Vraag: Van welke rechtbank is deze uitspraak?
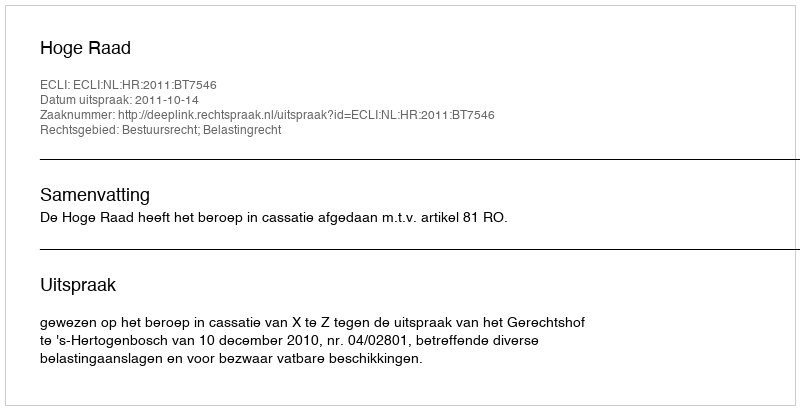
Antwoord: Hoge Raad